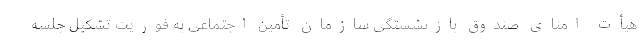
هیأت امنای صندوق بازنشستگی سازمان تأمین اجتماعی به فوریت تشکیل جلسه